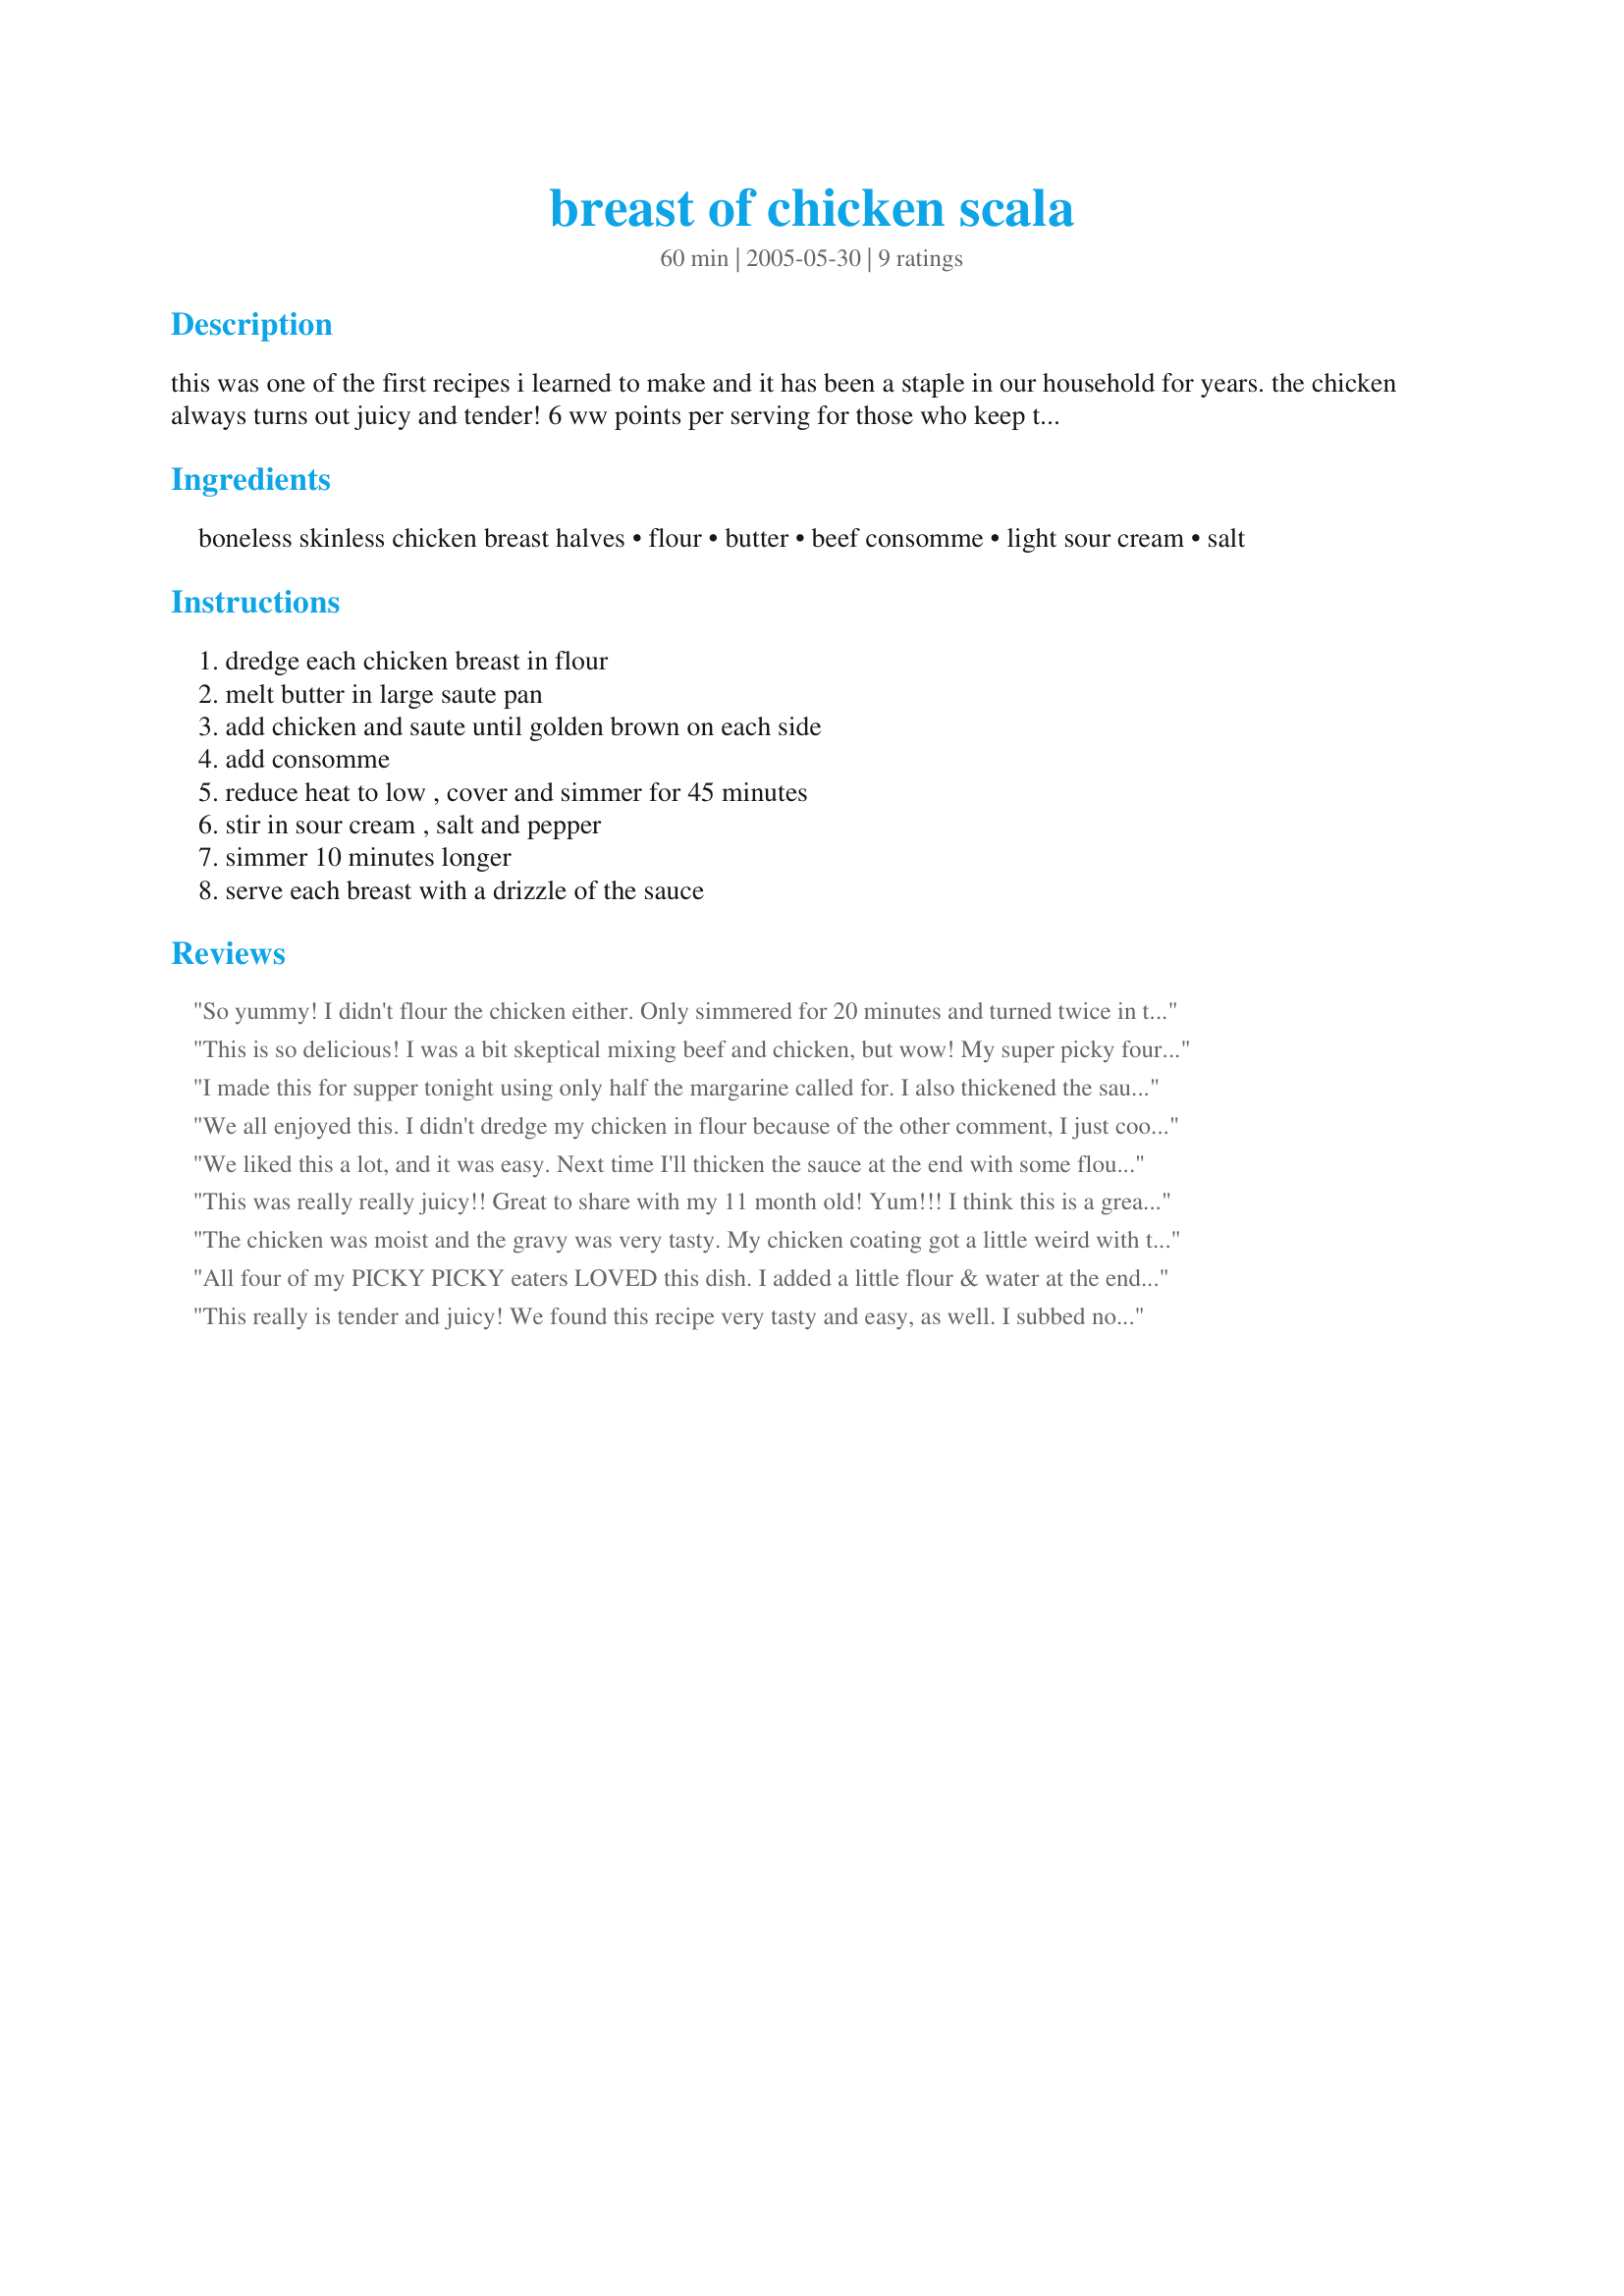
breast of chicken scala
Preparation time: 60 minutes

this was one of the first recipes i learned to make and it has been a staple in our household for years. the chicken always turns out juicy and tender! 6 ww points per serving for those who keep track.

Ingredients:
boneless skinless chicken breast halves, flour, butter, beef consomme, light sour cream, salt

Steps:
dredge each chicken breast in flour, melt butter in large saute pan, add chicken and saute until golden brown on each side, add consomme, reduce heat to low , cover and simmer for 45 minutes, stir in sour cream , salt and pepper, simmer 10 minutes longer, serve each breast with a drizzle of the sauce

Reviews:
So yummy! I didn't flour the chicken either. Only simmered for 20 minutes and turned twice in the sauce then I removed chicken and made a slurry with warm water and flour to thicken the sauce. I returned the chicken to the sauce for 5 more minutes then served with steamed carrots and baked potatoes. Not fussy-very easy and tasty. Everyone in the family ate it too-thank you.
This is so delicious! I was a bit skeptical mixing beef and chicken, but wow! My super picky four year old cleaned his plate for the first time ever and my husband raved! I didn't have the consomme so I used beef broth instead. Thanks Holly!
I made this for supper tonight using only half the margarine called for. I also thickened the sauce with a slurry of 2 tablespoons cornstarch and 2 tablespoons water. I must admit, both my husband and I were skeptical of the recipe at first. But, thanks to the reviews, I went ahead and gave it a shot. And, boy, am I glad I did! My husband shredded his chicken on his plate and mixed it, the rice, and the sauce to make something like a chicken bog. (And I followed suit.) It reminded us both of a cross between chicken bog and beef stroganoff this way. I also think it would be good over noodles and maybe even adapted into a stew. My husband liked it so much that he insisted that I keep the recipe and make it for his parents soon. Thanks!
We all enjoyed this. I didn't dredge my chicken in flour because of the other comment, I just cooked my chicken in the butter. I followed the rest of the recipe other then I cut the salt in half. I did thicken the gravy with some flour. I had made fried potatoes with this but next time I would make egg noodles and eat with the gravy.
We liked this a lot, and it was easy. Next time I'll thicken the sauce at the end with some flour and water. Leftovers were great too!
This was really really juicy!! Great to share with my 11 month old! Yum!!!
I think this is a great recipe to build on. Next time I may add sliced mushrooms or some other veggies with the sauce.
Thanks for sharing. We will be making this again! :)
The chicken was moist and the gravy was very tasty. My chicken coating got a little weird with the flour having soaked so long in the consomme, it was sort of soggy and goopy. I think next time I'll just skip the flour and just saute in the butter, and then finish up with the consomme poach.
All four of my PICKY PICKY eaters LOVED this dish. I added a little flour & water at the end to thicken and served with egg noodles. Being a veg, I didn't eat it but they claim it tastes like homemade gravy. chicken falls apart & very moist! This will be a weekly dish, Thanks!!
This really is tender and juicy! We found this recipe very tasty and easy, as well. I subbed non-fat yogurt for the sour cream. It kind of curdled, but I strained the gravy and all the lumps came out. I also added 1/2 cup sherry to the broth while simmering. It added a nice flavor to the dish without really tasting like sherry. Thank you!
